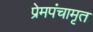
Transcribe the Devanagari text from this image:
प्रेमपंचामृत